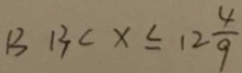
B 1 3 < x \leq 1 2 \frac { 4 } { 9 }